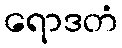
ရောဒတံ